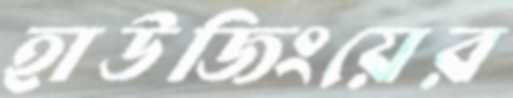
হাউজিংয়ের